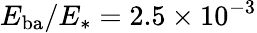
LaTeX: E_{\mathrm{ba}}/E_{*}=2.5\times 10^{-3}